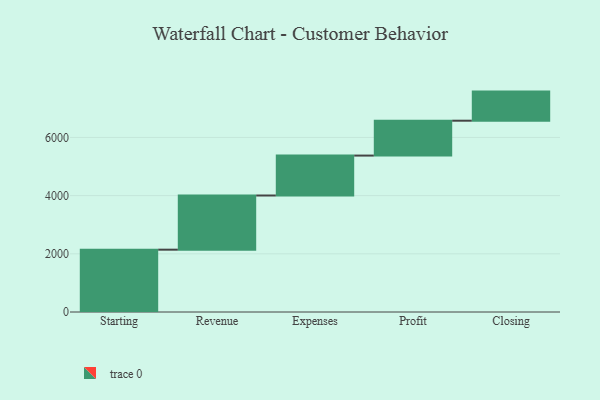
{"axis": {"x": "Step", "y": "Value"}, "legend": [""], "data": [{"x": "Starting", "y": 2142.0, "type": ""}, {"x": "Revenue", "y": 1862.0, "type": ""}, {"x": "Expenses", "y": 1372.0, "type": ""}, {"x": "Profit", "y": 1199.0, "type": ""}, {"x": "Closing", "y": 1000, "type": ""}]}